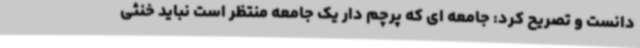
دانست و تصریح کرد: جامعه ای که پرچم دار یک جامعه منتظر است نباید خنثی